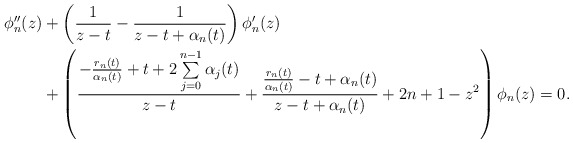
\begin{align*}\begin{aligned}\phi_{n}''(z)&+\left(\frac{1}{z-t}-\frac{1}{z-t+\alpha_n(t)}\right)\phi_{n}'(z)\\&+\left(\frac{-\frac{r_n(t)}{\alpha_n(t)}+t+2\sum\limits^{n-1}_{j=0}\alpha_j(t)}{z-t}+\frac{\frac{r_n(t)}{\alpha_n(t)}-t+\alpha_n(t)}{z-t+\alpha_n(t)}+2n+1-z^2\right)\phi_{n}(z)=0.\end{aligned}\end{align*}